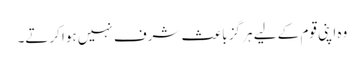
وہ اپنی قوم کے لیے ہر گز باعث شرف نہیں ہوا کرتے۔